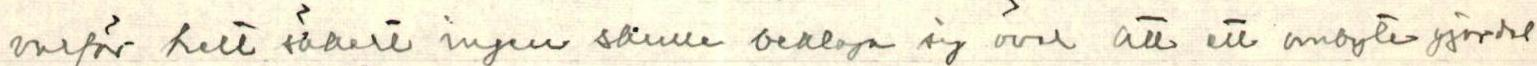
varför helt säkert ingen skulle beklaga sig öval att ett anbyte gjordet